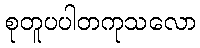
စုတူပပါတကုသလော